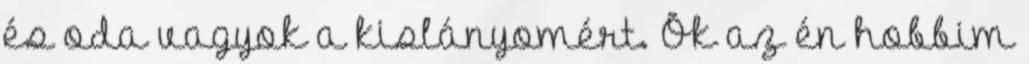
és oda vagyok a kislányomért. Õk az én hobbim